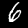
Digit: 6